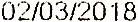
02/03/2018